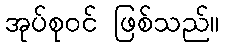
အုပ်စုဝင် ဖြစ်သည်။